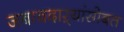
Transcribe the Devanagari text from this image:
जबाबदाऱ्यांसोबत